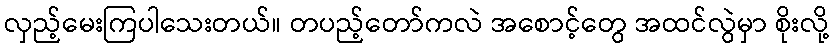
လှည့်မေးကြပါသေးတယ်။ တပည့်တော်ကလဲ အစောင့်တွေ အထင်လွဲမှာ စိုးလို့